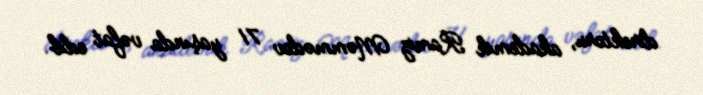
direktoru, akademik Ramiz Məmmədov 71 yaşında vəfat edib.